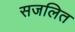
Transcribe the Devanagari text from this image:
सजलित